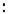
: